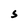
Character: 5